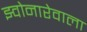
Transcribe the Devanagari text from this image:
झ्वोनारेवाला